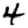
Digit: 4